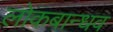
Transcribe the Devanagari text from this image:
लोकबान्धव